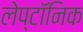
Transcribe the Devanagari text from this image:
लेप्टॉनिक